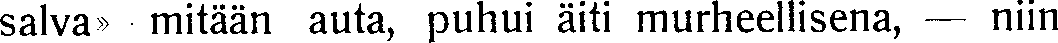
salva» mitään auta, puhui äiti murheellisena, — niin